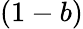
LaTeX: (1-b)